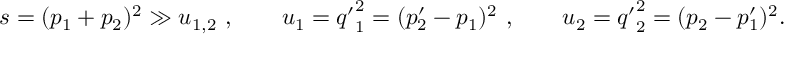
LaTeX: s = ( p _ { 1 } + p _ { 2 } ) ^ { 2 } \gg u _ { 1 , 2 } ~ , \qquad u _ { 1 } = { q ^ { \prime } } _ { 1 } ^ { 2 } = ( p _ { 2 } ^ { \prime } - p _ { 1 } ) ^ { 2 } ~ , \qquad u _ { 2 } = { q ^ { \prime } } _ { 2 } ^ { 2 } = ( p _ { 2 } - p _ { 1 } ^ { \prime } ) ^ { 2 } .